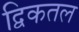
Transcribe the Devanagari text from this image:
द्विकतल